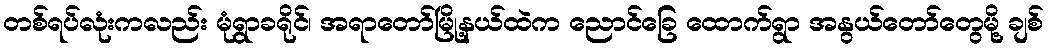
တစ်ရပ်လုံးကလည်း မုံရွာခရိုင်၊ အရာတော်မြို့နယ်ထဲက ညောင်ခြေ ထောက်ရွာ အနွယ်တော်တွေမို့ ချစ်